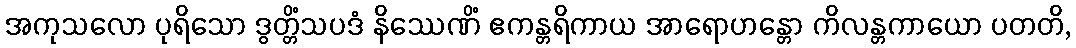
အကုသလော ပုရိသော ဒွတ္တိံသပဒံ နိဿေဏိံ ဧကန္တရိကာယ အာရောဟန္တော ကိလန္တကာယော ပတတိ,